65_HS1-834228961_62-HQ-83894_Section_5
Agency: FBI
Page 108
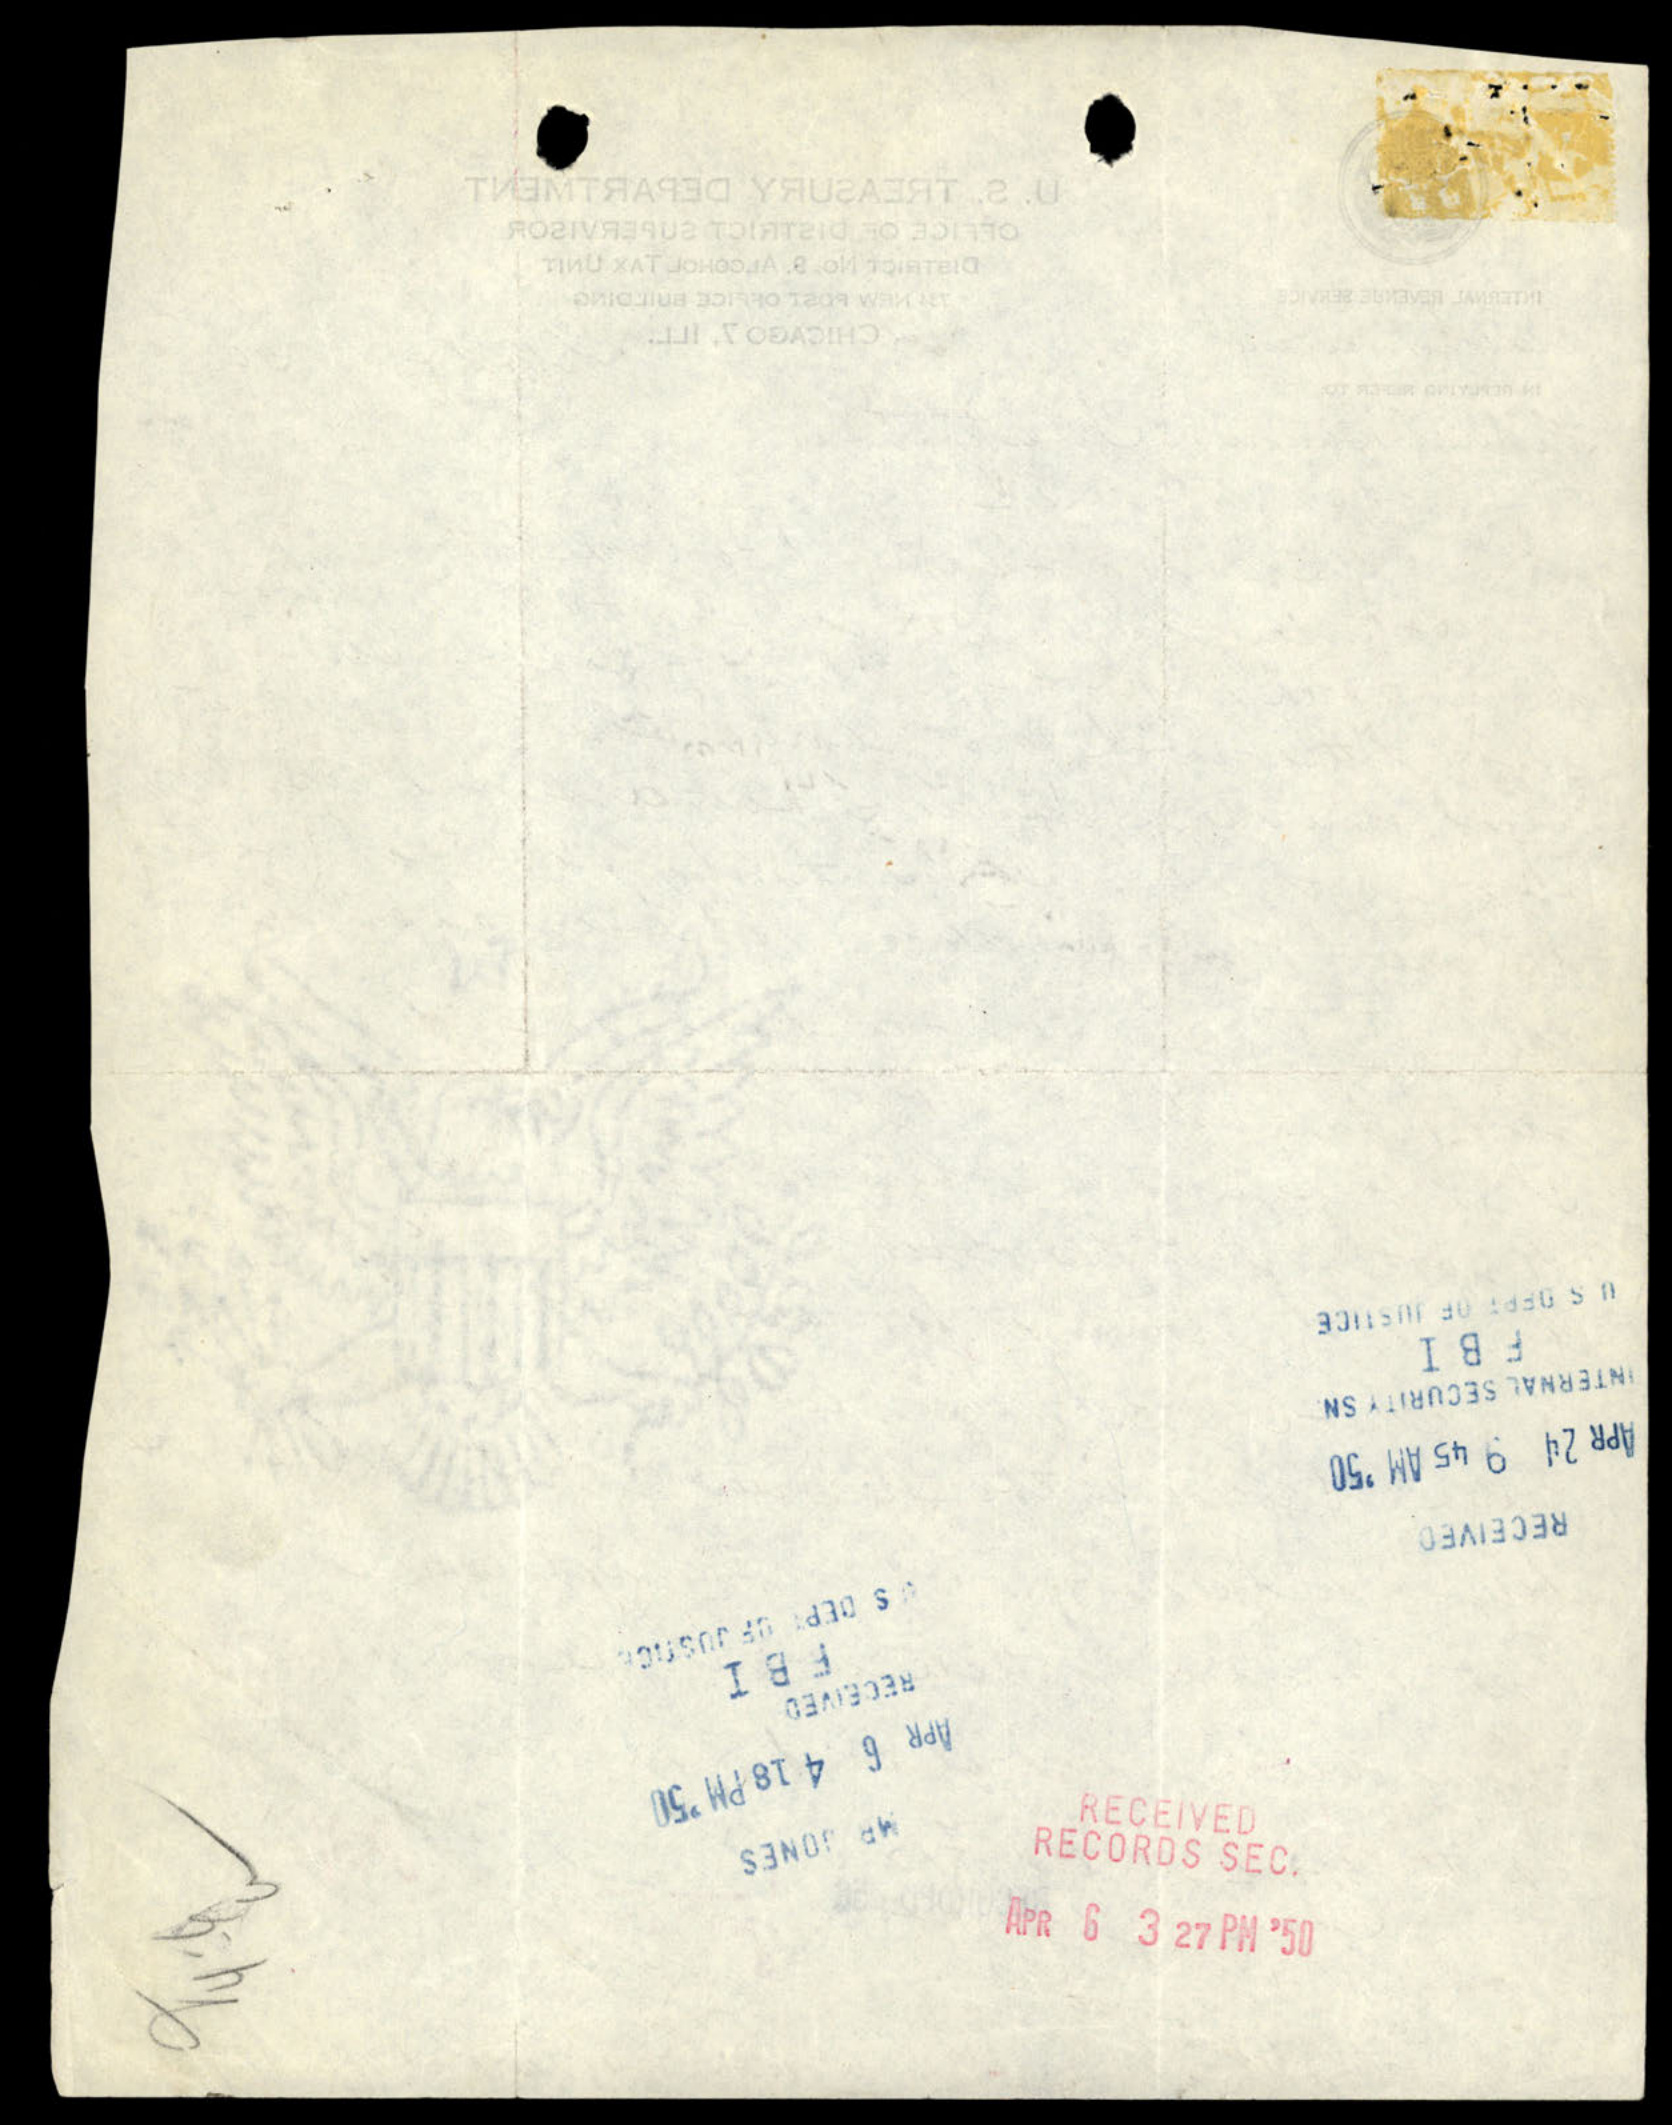